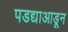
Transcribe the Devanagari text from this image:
पडद्याआडून